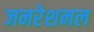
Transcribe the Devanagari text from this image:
जनरेशनल